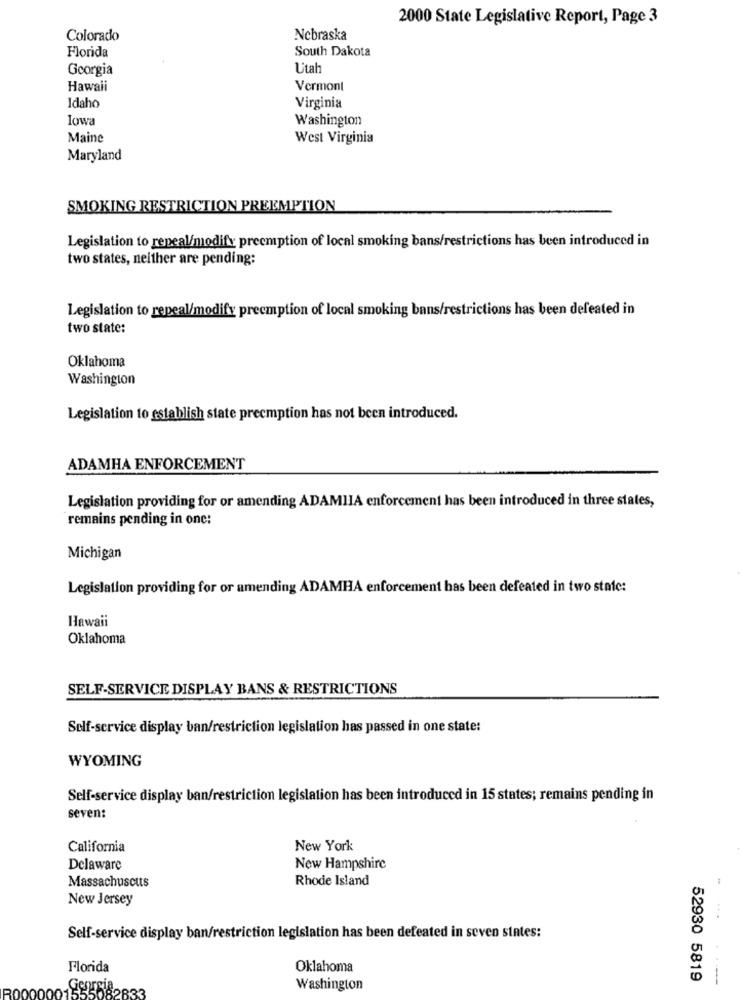
2000 State Legislative Report, Page 3
Colorado
Nebraska
South Dakota
Florida
Georgia
Utah
Hawaii
Vermont
Idaho
Virginia
lowa
Washington
Main
West Virginia
Maryland
SMOKING RESTRICTION PREEMPTION
Legislation to repeal/modify preemption of local smoking bans/restrictions has been introduced in
two states, neither are pending:
Legislation to repeal/modify preemption of local smoking bans/restrictions has been defeated in
two state:
Oklahoma
Washington
Legislation to establish state precmption has not been introduced.
ADAMHA ENFORCEMENT
Legislation providing for or amending ADAMIIA enforcement has been introduced in three states,
remains pending in one:
Michigan
Legislation providing for or amending ADAMHA enforcement has been defeated in two state:
Hawaii
Oklahoma
SELF-SERVICE DISPLAY BANS & RESTRICTIONS
Self-service display ban/restriction legislation has passed in one state:
WYOMING
Self-service display ban/restriction legislation has been introduced in 15 states; remains pending in
seven:
California
New York
Delaware
New Hampshire
Rhode Island
Massachuscuts
New Jersey
Self-service display ban/restriction legislation has been defeated in seven states:
Florida
Oklahoma
52930 5819
3000
Washington